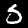
Digit: 5